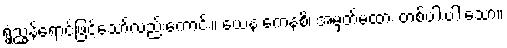
ရွှံညွှန်ရောင်ဖြင့်သော်လည်းကောင်း။ ယေန ကေနစိ၊ အမှတ်မထား တစ်ပါးပါးသော။